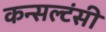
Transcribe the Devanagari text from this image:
कन्सल्टंसी